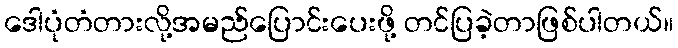
ဒေါပုံတံတားလို့အမည်ပြောင်းပေးဖို့ တင်ပြခဲ့တာဖြစ်ပါတယ်။